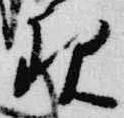
現